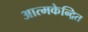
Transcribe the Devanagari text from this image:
आत्मकेन्द्रित